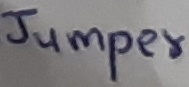
Text: Jumper